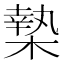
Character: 𣙗